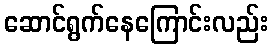
ဆောင်ရွက်နေကြောင်းလည်း